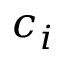
c _ { i }